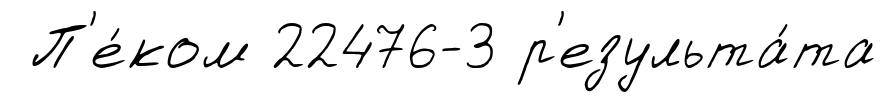
П'е́ком 22476-3 р'езульта́та